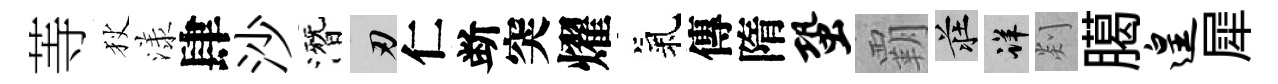
䓁狄漾肆沙潛刃仁断突燿氣傳隋蛩覇莊详剡臈遑犀